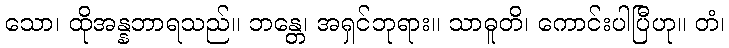
သော၊ ထိုအန္နဘာရသည်။ ဘန္တေ၊ အရှင်ဘုရား။ သာဓူတိ၊ ကောင်းပါပြီဟု။ တံ၊